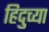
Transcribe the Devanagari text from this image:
हिदुच्या